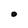
Character: O